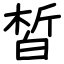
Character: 皙